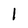
Character: 1